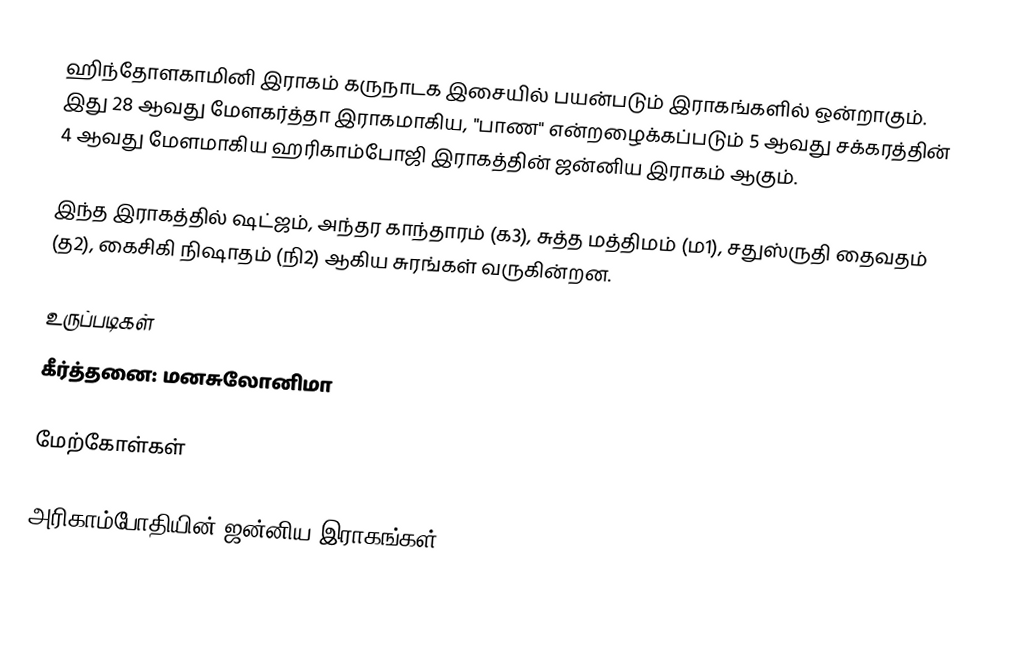
ஹிந்தோளகாமினி இராகம் கருநாடக இசையில் பயன்படும் இராகங்களில் ஒன்றாகும். இது 28 ஆவது மேளகர்த்தா இராகமாகிய, "பாண" என்றழைக்கப்படும் 5 ஆவது சக்கரத்தின் 4 ஆவது மேளமாகிய ஹரிகாம்போஜி இராகத்தின் ஜன்னிய இராகம் ஆகும்.

இந்த இராகத்தில் ஷட்ஜம், அந்தர காந்தாரம் (க3), சுத்த மத்திமம் (ம1), சதுஸ்ருதி தைவதம் (த2), கைசிகி நிஷாதம்  (நி2) ஆகிய சுரங்கள் வருகின்றன.

உருப்படிகள்
 கீர்த்தனை: மனசுலோனிமா

மேற்கோள்கள்

அரிகாம்போதியின் ஜன்னிய இராகங்கள்